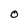
Character: O